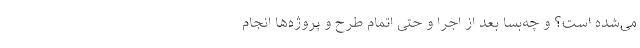
می‌شده است؟ و چه‌بسا بعد از اجرا و حتی اتمام طرح و پروژه‌ها انجام